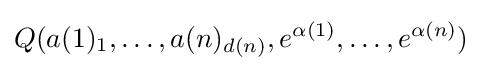
Q(a(1)_{1},\dots ,a(n)_{d(n)},e^{\alpha (1)},\dots ,e^{\alpha (n)})